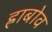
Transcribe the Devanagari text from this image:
ह्राबोव